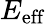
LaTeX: E_{\mathrm{eff}}